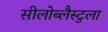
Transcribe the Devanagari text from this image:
सीलोब्लैस्टुला